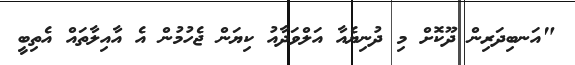
"އަނބިދަރިން ދޫކޮށް މި ދުނިޔެއާ އަލްވަދާއު ކިޔަން ޖެހުމުން އެ އާއިލާތައް އެތިބީ